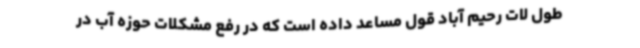
طول لات رحیم آباد قول مساعد داده است که در رفع مشکلات حوزه آب در